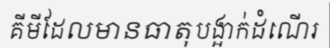
គីមីដែលមានធាតុបង្អាក់ដំណើរ